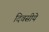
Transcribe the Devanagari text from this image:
दिवसीये